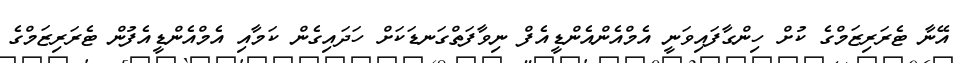
އޭނާ ޓެރަރިޒަމްގެ ކުށް ހިންގާފައިވަނީ އެމްއެންއެންޑީއެފް ނިވާފަތްގަނޑަކަށް ހަދައިގެން ކަމާއި އެމްއެންޑީއެފުން ޓެރަރިޒަމްގެ